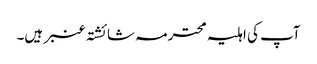
آپ کی اہلیہ محترمہ شائشتہ عنبر ہیں۔